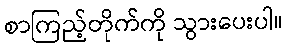
စာကြည့်တိုက်ကို သွားပေးပါ။